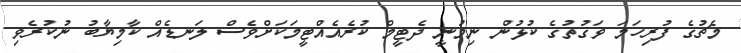
މެޗުގެ ފުރިހަމަ ވަގުތުގެ ކުޅުން ނިމުނީ ދެޓީމް ކުރެއެއްޓީމަކަށްވެސް ލަނޑެއް ކާމިޔާބު ނުކުރެވި